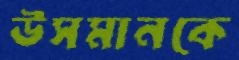
উসমানকে